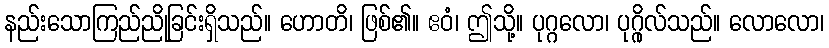
နည်းသောကြည်ညိုခြင်းရှိသည်။ ဟောတိ၊ ဖြစ်၏။ ဧဝံ၊ ဤသို့။ ပုဂ္ဂလော၊ ပုဂ္ဂိုလ်သည်။ လောလော၊